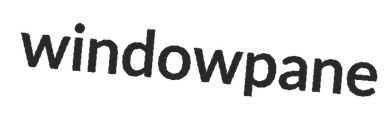
windowpane